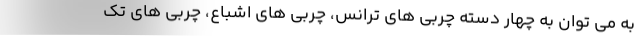
به می توان به چهار دسته چربی های ترانس، چربی های اشباع، چربی های تک